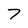
Character: 7